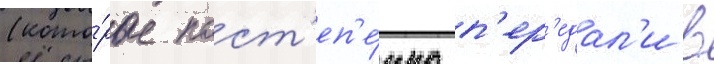
(кото́рые пост'еп'е́нно п'ер'едал'и в